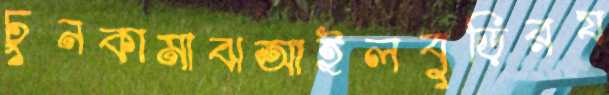
চুনকামাঝআইলবুড়িরয